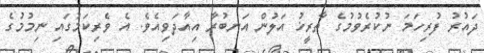
ދައުރު ފުރިހަމަ ނުކުރެވުމުގެ ތާރީޚު އަލުން އަނބުރާ އިއާދަވިއެވެ. އެ ވެރިކަމުގައި ނިމުމުގެ